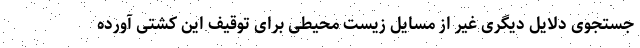
جستجوی دلایل دیگری غیر از مسایل زیست محیطی برای توقیف این کشتی آورده